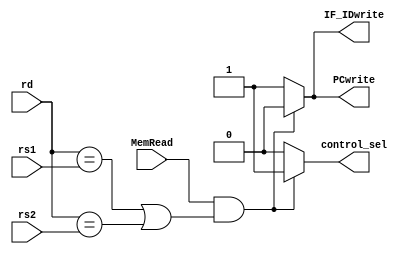
`timescale 1ns / 1ps
//////////////////////////////////////////////////////////////////////////////////
// Company: 
// Engineer: 
// 
// Design Name: 
// Module Name: hazard_detection
// Project Name: 
// Target Devices: 
// Tool Versions: 
// Description: 
// 
// Dependencies: 
// 
// Revision:
// Revision 0.01 - File Created
// Additional Comments:
// 
//////////////////////////////////////////////////////////////////////////////////


module hazard_detection(input [4:0] rd,     //adresa RD in etapa EX
                        input [4:0] rs1,    //adresa RS1 in etapa ID
                        input [4:0] rs2,    //adresa RS2 in etapa ID
                        input MemRead,      //semnal control din etapa EX
                        output reg PCwrite, //semnal ce controleaza scrierea in reg PC
                        output reg IF_IDwrite,  //semnal ce controleaza scrierea in reg pipeline IF_ID
                        output reg control_sel);//semnal transmis spre unitatea de control
                        
    always@(*) begin 
        if (MemRead && ((rd == rs1)||(rd == rs2))) begin 
              PCwrite <= 1'b0;
              IF_IDwrite <= 1'b0;
              control_sel <= 1'b1;
        end
        else begin 
              PCwrite <= 1'b1;
              IF_IDwrite <= 1'b1;
              control_sel <= 1'b0;
        end  
    end
endmodule